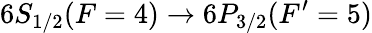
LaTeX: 6S_{1/2}(F=4)\rightarrow 6P_{3/2}(F^{\prime}=5)